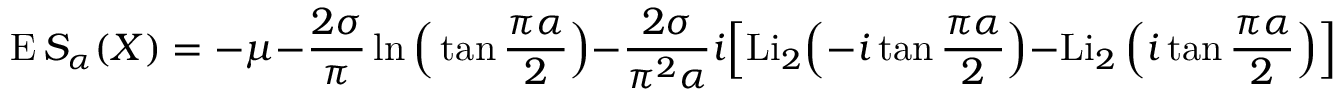
\operatorname { E } S _ { \alpha } ( X ) = - \mu - { \frac { 2 \sigma } { \pi } } \ln { \Big ( } \tan { \frac { \pi \alpha } { 2 } } { \Big ) } - { \frac { 2 \sigma } { \pi ^ { 2 } \alpha } } i { \Big [ } { \mathrm { L i } } _ { 2 } { \Big ( } - i \tan { \frac { \pi \alpha } { 2 } } { \Big ) } - \operatorname { L i } _ { 2 } { \Big ( } i \tan { \frac { \pi \alpha } { 2 } } { \Big ) } { \Big ] }